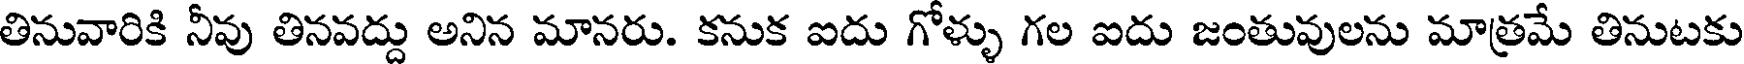
తినువారికి నీవు తినవద్దు అనిన మానరు. కనుక ఐదు గోళ్ళు గల ఐదు జంతువులను మాత్రమే తినుటకు